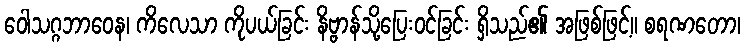
ဝေါသဂ္ဂဘာဝေန၊ ကိလေသာ ကိုပယ်ခြင်း နိဗ္ဗာန်သို့ပြေးဝင်ခြင်း ရှိသည်၏ အဖြစ်ဖြင့်။ စရဏတော၊